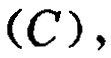
$(C),$